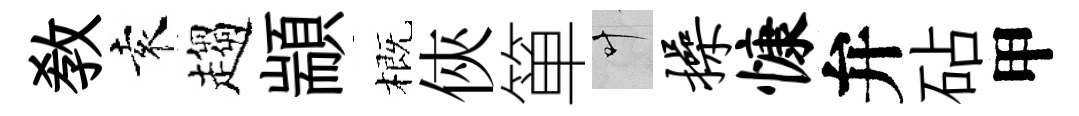
敎袁趨顓概俠箪叶操慷弁砧甲